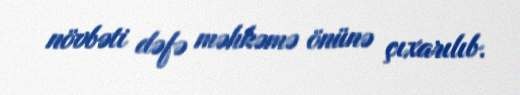
növbəti dəfə məhkəmə önünə çıxarılıb.